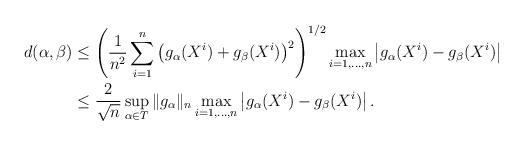
LaTeX: \begin{align*}d(\alpha,\beta)&\leq \left(\frac{1}{n^2}\sum_{i=1}^n\left(g_\alpha(X^i)+g_\beta(X^i)\right)^2\right)^{1/2}\max_{i=1,\dots,n}\left|g_\alpha(X^i)-g_\beta(X^i)\right|\\&\leq \frac{2}{\sqrt{n}}\sup_{\alpha\in T}\|g_\alpha\|_n\max_{i=1,\dots,n}\left|g_\alpha(X^i)-g_\beta(X^i)\right|.\end{align*}